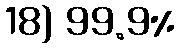
18) 99.9%